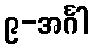
၉-အင်္ဂါ